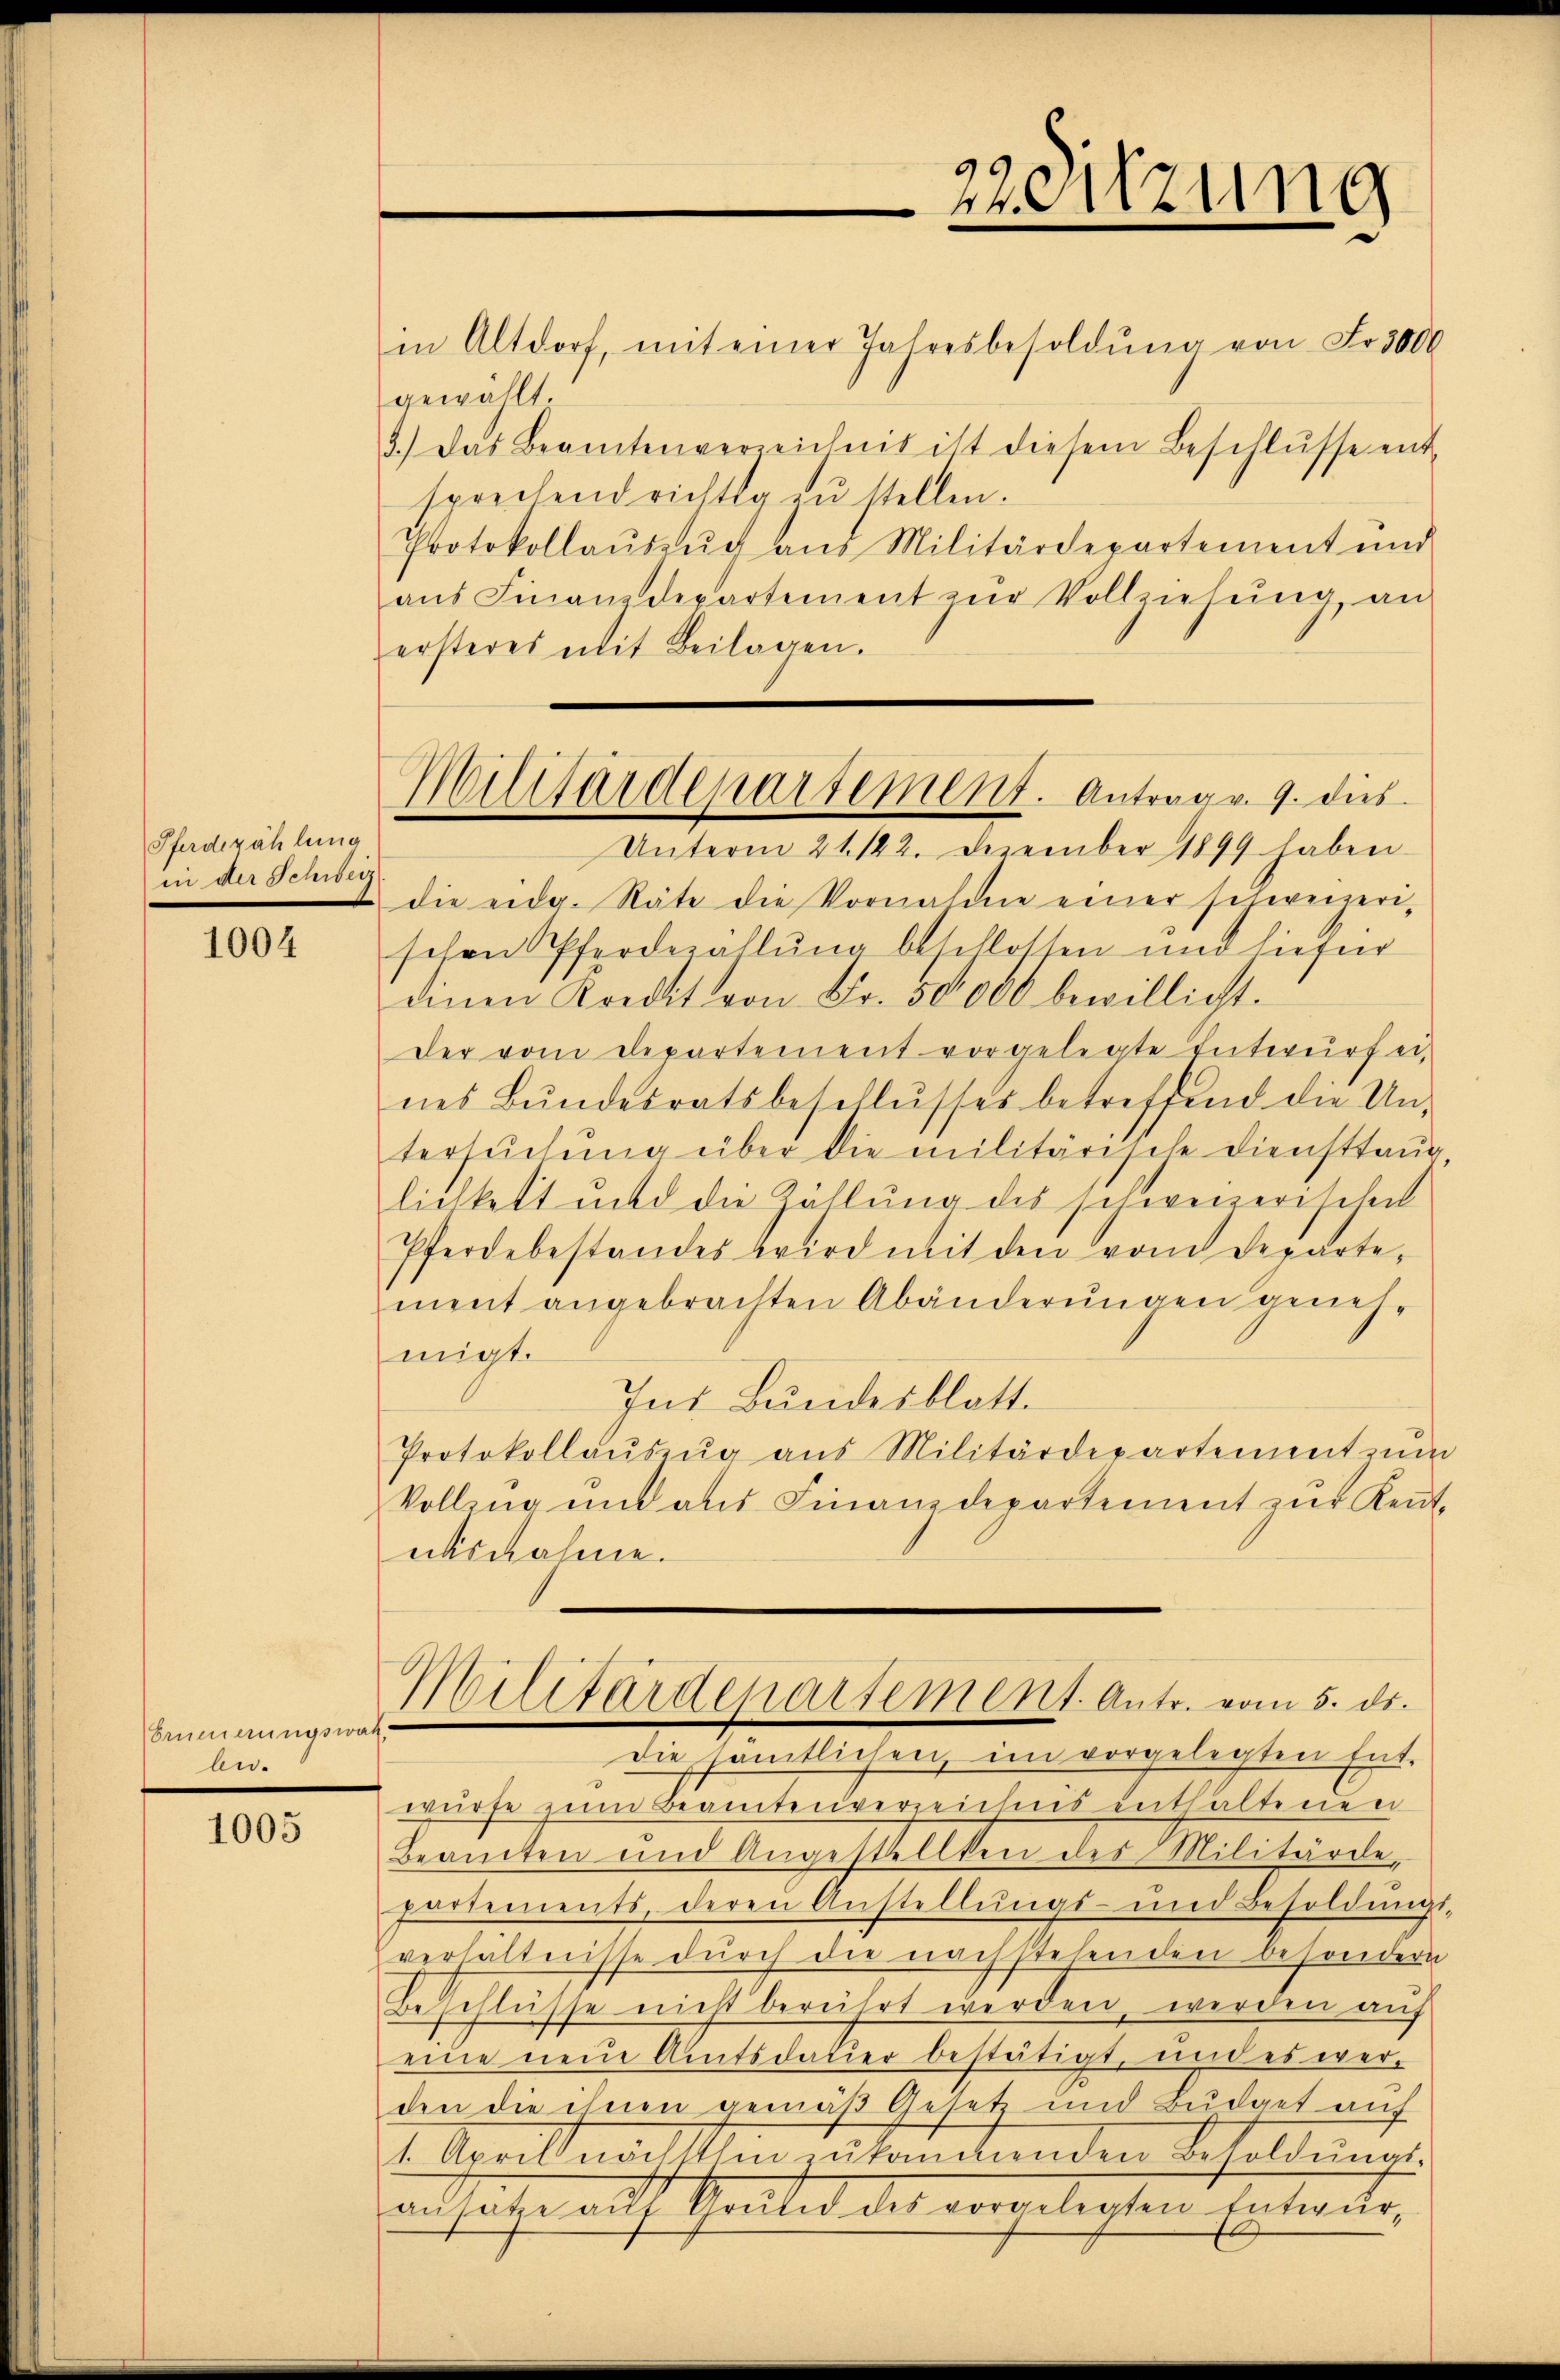
Pferdezählung
inn der denen

1004

Erneuerungswah
bu.

1005

Militärdepartement. Antrag v. 9. dies
Unterm 21. 122. Dezember 1899 haben

22Sitzung

in Altdorf, mit einer Jahresbesoldŭng von Fr. 3000
gewählt.
3.) Das Beamtenverzeichnis ist diesem Beschlŭsse ent-
sprechend richtig zŭ stellen.
Protokollaŭseŭch aus Militärdepartement und
aŭs Finanzdepartement zŭr Vollziehŭng an
ersteres mit Beilagen.
die eidg. Räte die Vornahme einer schweizerischen Pferdezahlung beschlossen und liefer
dinen Kredit von Fr. 50000 bewilligt.
der vom Departement vorgelegte Entwŭrf ei-
nes Bŭndesratsbeschlŭsses betreffend die Un-
tersŭchŭng über die militärische Diensttaug
lichkett und die Zählung des schweizerischeit
Pferdebestandes wird mit den vom Departe-
ment angebrachten Abänderungen genehmigt.
Ins Bundesblatt.
Protokollaŭszŭg aŭs Militärdepartement zŭm
Vollzug und aus Finanzdepartement zur Kenntausnahme.
Wilitärdepartement. Antr. vom 5. ds.
die sämtlichen, im vorgelegten Ent-
würfe zum Beamtenverzeichnis enthaltenen
Beamten und Angestellten des Militärde-
partements, deren Anstellŭngs- und Besoldŭngs-
verhältnisse durch die nachstehenden besondern
Beschlüsse nicht berührt werden, werden auf
eine neue Amtsdatier bestätigt, und es wer-
den die ihnen gemäß Gesetz und Budget auf
1. April nächsthin zukommenden Besoldungsansätze auf Grüter des vorgelegten Entwär-